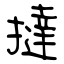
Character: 撻